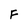
Character: F